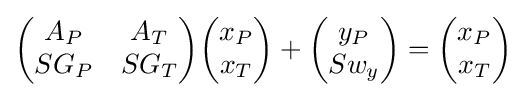
{\begin{aligned}{\begin{pmatrix}A_{P}&A_{T}\\SG_{P}&SG_{T}\end{pmatrix}}{\begin{pmatrix}x_{P}\\x_{T}\end{pmatrix}}+{\begin{pmatrix}y_{P}\\Sw_{y}\end{pmatrix}}={\begin{pmatrix}x_{P}\\x_{T}\end{pmatrix}}\end{aligned}}